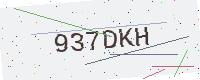
Text: 937DKH